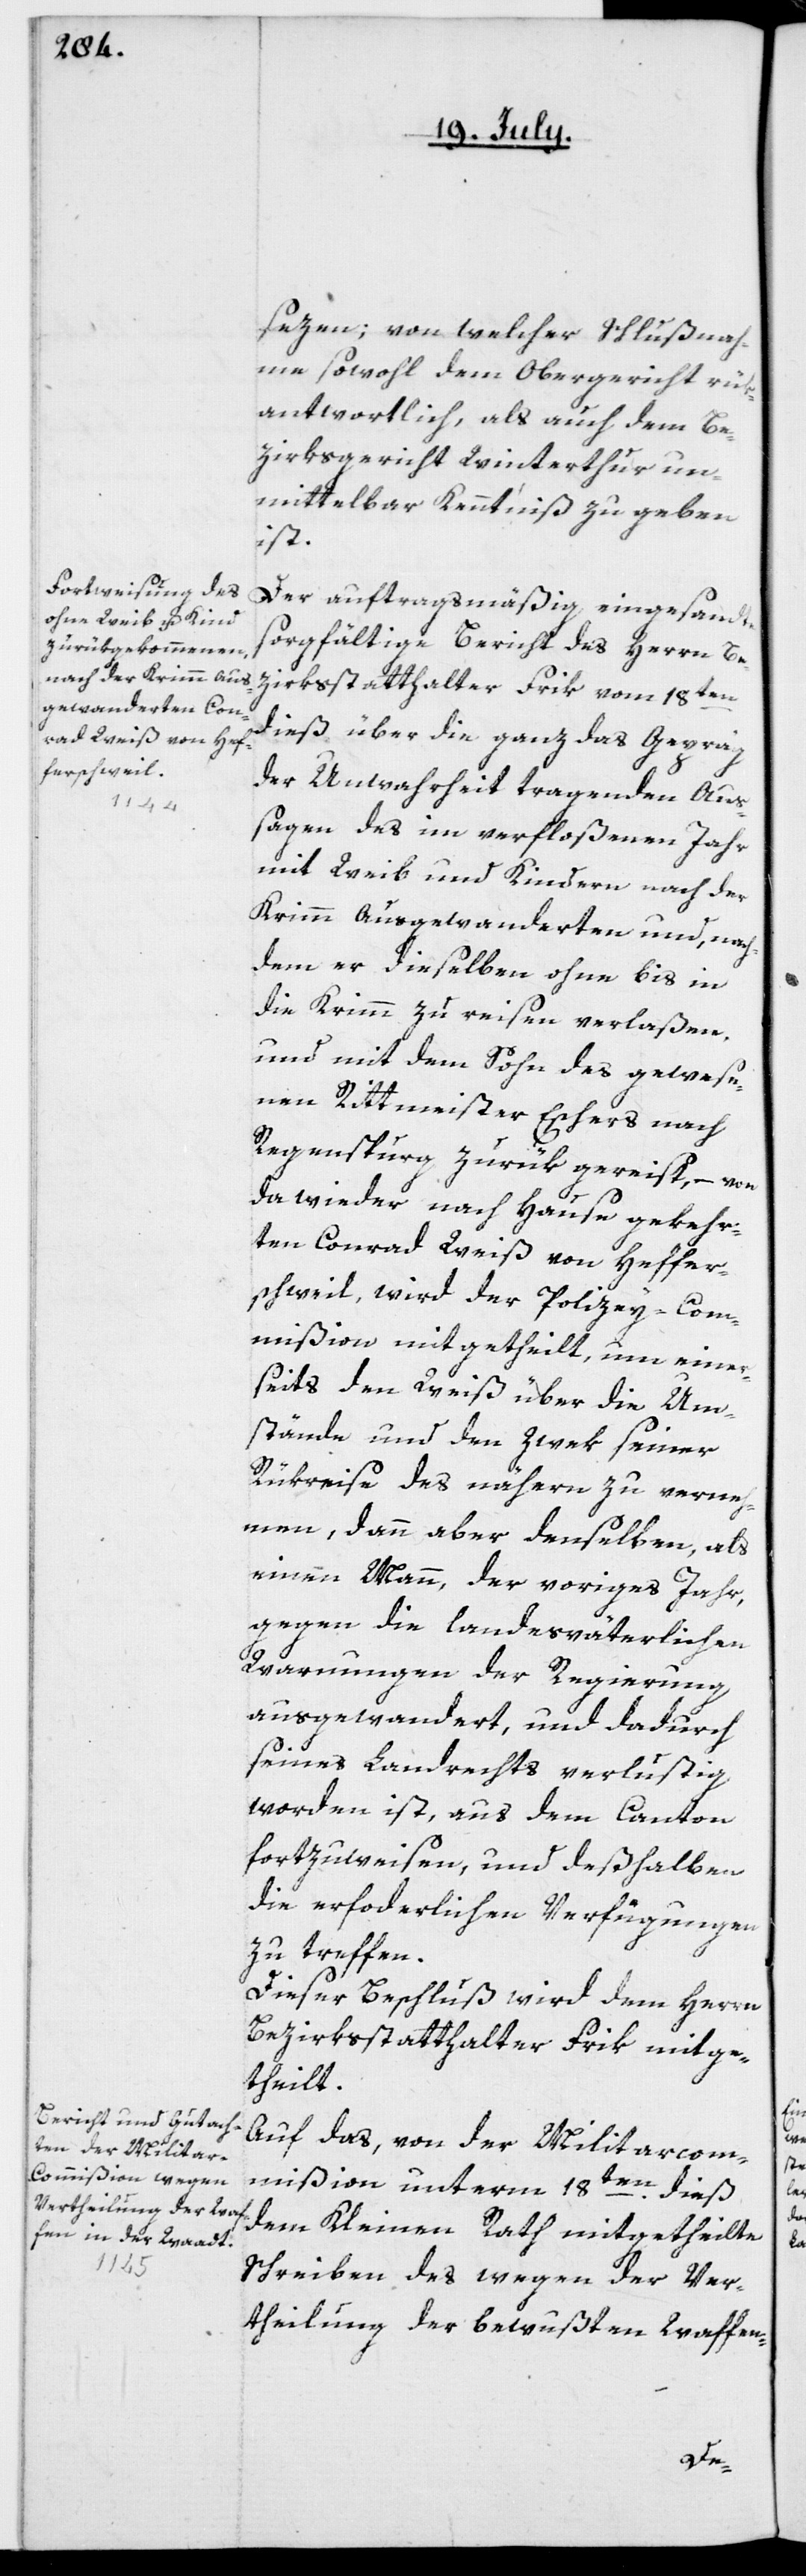
sezen

[sic!]; von welcher Schlußnah¬
me sowohl dem Obergericht rük¬
antwortlich, als auch dem Be¬
zirksgericht Winterthur un¬
mittelbar Kenntniß zu geben
ist.
Der auftragsmäßig eingesandte
sorgfältige Bericht des Herrn Be¬
zirksstatthalter Frik vom 18ten
dieß, über die ganz das Gepräg
der Unwahrheit tragenden Aus¬
sagen des im verfloßenen Jahr
mit Weib und Kindern nach der
dem er dieselben ohne bis in
die Krimm zu reisen verlaßen,
und mit dem Sohn des gewese¬
nen Rittmeister Eschers nach
Regenspurg zurük gereist, – von
da wieder nach Hause gekehr¬
ten Conrad Weiß von Herffer¬
schweil, wird der Polizey-Com¬
mißion mitgetheilt, um einer¬
seits den Weiß über die Um¬
stände und den Zwek seiner
Rükreise des nähern zu verneh¬
men, dann aber denselben, als
einen Mann, der voriges Jahr,
gegen die landesväterlichen
Warnungen der Regierung
ausgewandert, und dadurch
seines Landrechts verlustig
worden ist, aus dem Canton
fortzuweisen, und deßhalben
die erforderlichen Verfügungen
zu treffen.
Dieser Beschluß wird dem Herrn
Bezirksstatthalter Frik mitge¬
theilt.
Auf das, von der Militarcom¬
mißion unterm 18ten dieß,
dem Kleinen Rath mitgetheilte
Schreiben des wegen der Ver¬
theilung der bewußten Waffen-